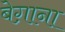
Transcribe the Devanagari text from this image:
बेग़ाना